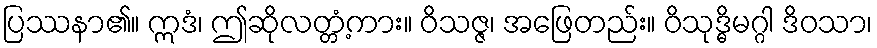
ပြဿနာ၏။ ဣဒံ၊ ဤဆိုလတ္တံ့ကား။ ဝိသဇ္ဇ၊ အဖြေတည်း။ ဝိသုဒ္ဓိမဂ္ဂါ ဒိဝသာ၊